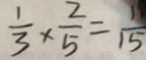
\frac { 1 } { 3 } \times \frac { 2 } { 5 } = \frac { 1 1 } { 1 5 }